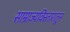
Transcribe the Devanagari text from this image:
साम्राज्यविस्तारातून